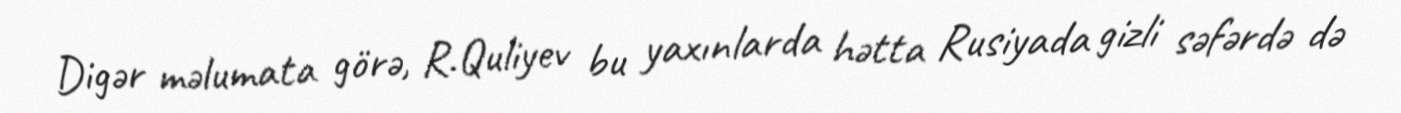
Digər məlumata görə, R.Quliyev bu yaxınlarda hətta Rusiyada gizli səfərdə də